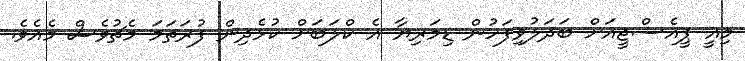
މިއީ ޕީއެސްޖީއަށް ބަދަލުވިފަހުން ޑިމަރިޔާ އެ ކްލަބަށް ކުޅެދިން ފުރަތަމަ މެޗުވެސް މެއެވެ.